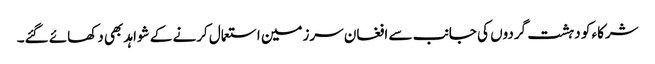
شرکاء کو دہشت گردوں کی جانب سے افغان سرزمین استعمال کرنے کے شواہد بھی دکھائے گئے۔